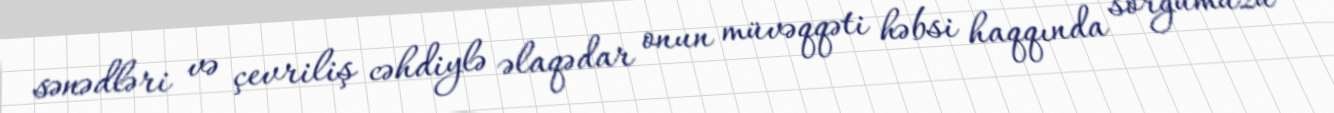
sənədləri və çevriliş cəhdiylə əlaqədar onun müvəqqəti həbsi haqqında sorğumuzu